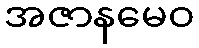
အဇာနမေဝ